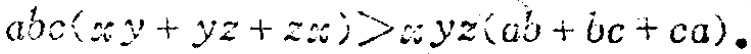
\(abc(xy + yz + zx)>xyz(ab + bc + ca)\)